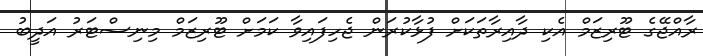
ރާއްޖޭގެ ޓޫރިޒަމް އެކި ދާއިރާތަކަށް ފުޅާކުރަން ޖެހިފައިވާ ކަމަށް ޓޫރިޒަމް މިނިސްޓަރު އަދީބު